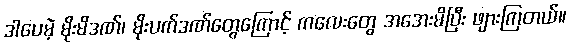
ဒါပေမဲ့ မိုးမိဒဏ်၊ မိုးပက်ဒဏ်တွေကြောင့် ကလေးတွေ အအေးမိပြီး ဖျားကြတယ်။